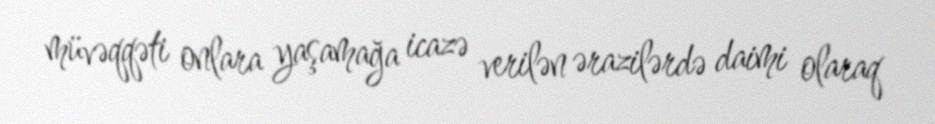
müvəqqəti onlara yaşamağa icazə verilən ərazilərdə daimi olaraq